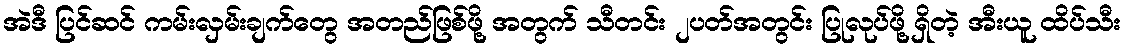
အဲဒီ ပြင်ဆင် ကမ်းလှမ်းချက်တွေ အတည်ဖြစ်ဖို့ အတွက် သီတင်း ၂ပတ်အတွင်း ပြုလုပ်ဖို့ ရှိတဲ့ အီးယူ ထိပ်သီး